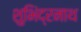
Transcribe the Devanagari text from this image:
शुभिंद्रनाथ